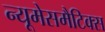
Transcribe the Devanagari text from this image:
न्यूमेसमैटिक्स